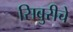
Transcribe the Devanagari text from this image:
सिबुरीचे